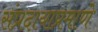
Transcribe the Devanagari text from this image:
संप्रदायाप्रमाणे